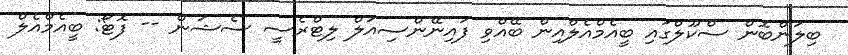
ބިލަންބޮން ސްކޫލްގައި ބީއެމްއެލްއިން ބޭއްވި ފައިނޭންސިއަލް ލިޓްރެސީ ސެޝަން -- ފޮޓޯ: ބީއެމްއެލް